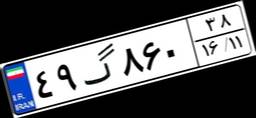
۴۹گ۸۶۰۳۸